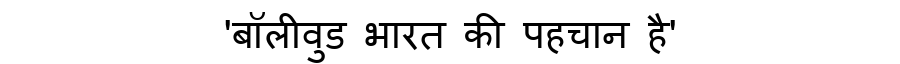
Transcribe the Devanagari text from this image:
'बॉलीवुड भारत की पहचान है'